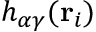
h _ { \alpha \gamma } ( { \bf r } _ { i } )